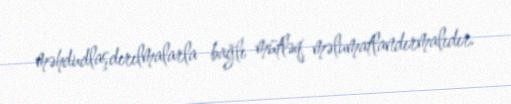
məhdudlaşdırılmalarla bağlı mütləq məlumatlandırmalıdır.